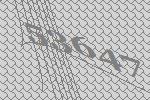
53647